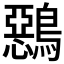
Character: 𪅴